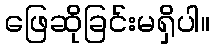
ဖြေဆိုခြင်းမရှိပါ။